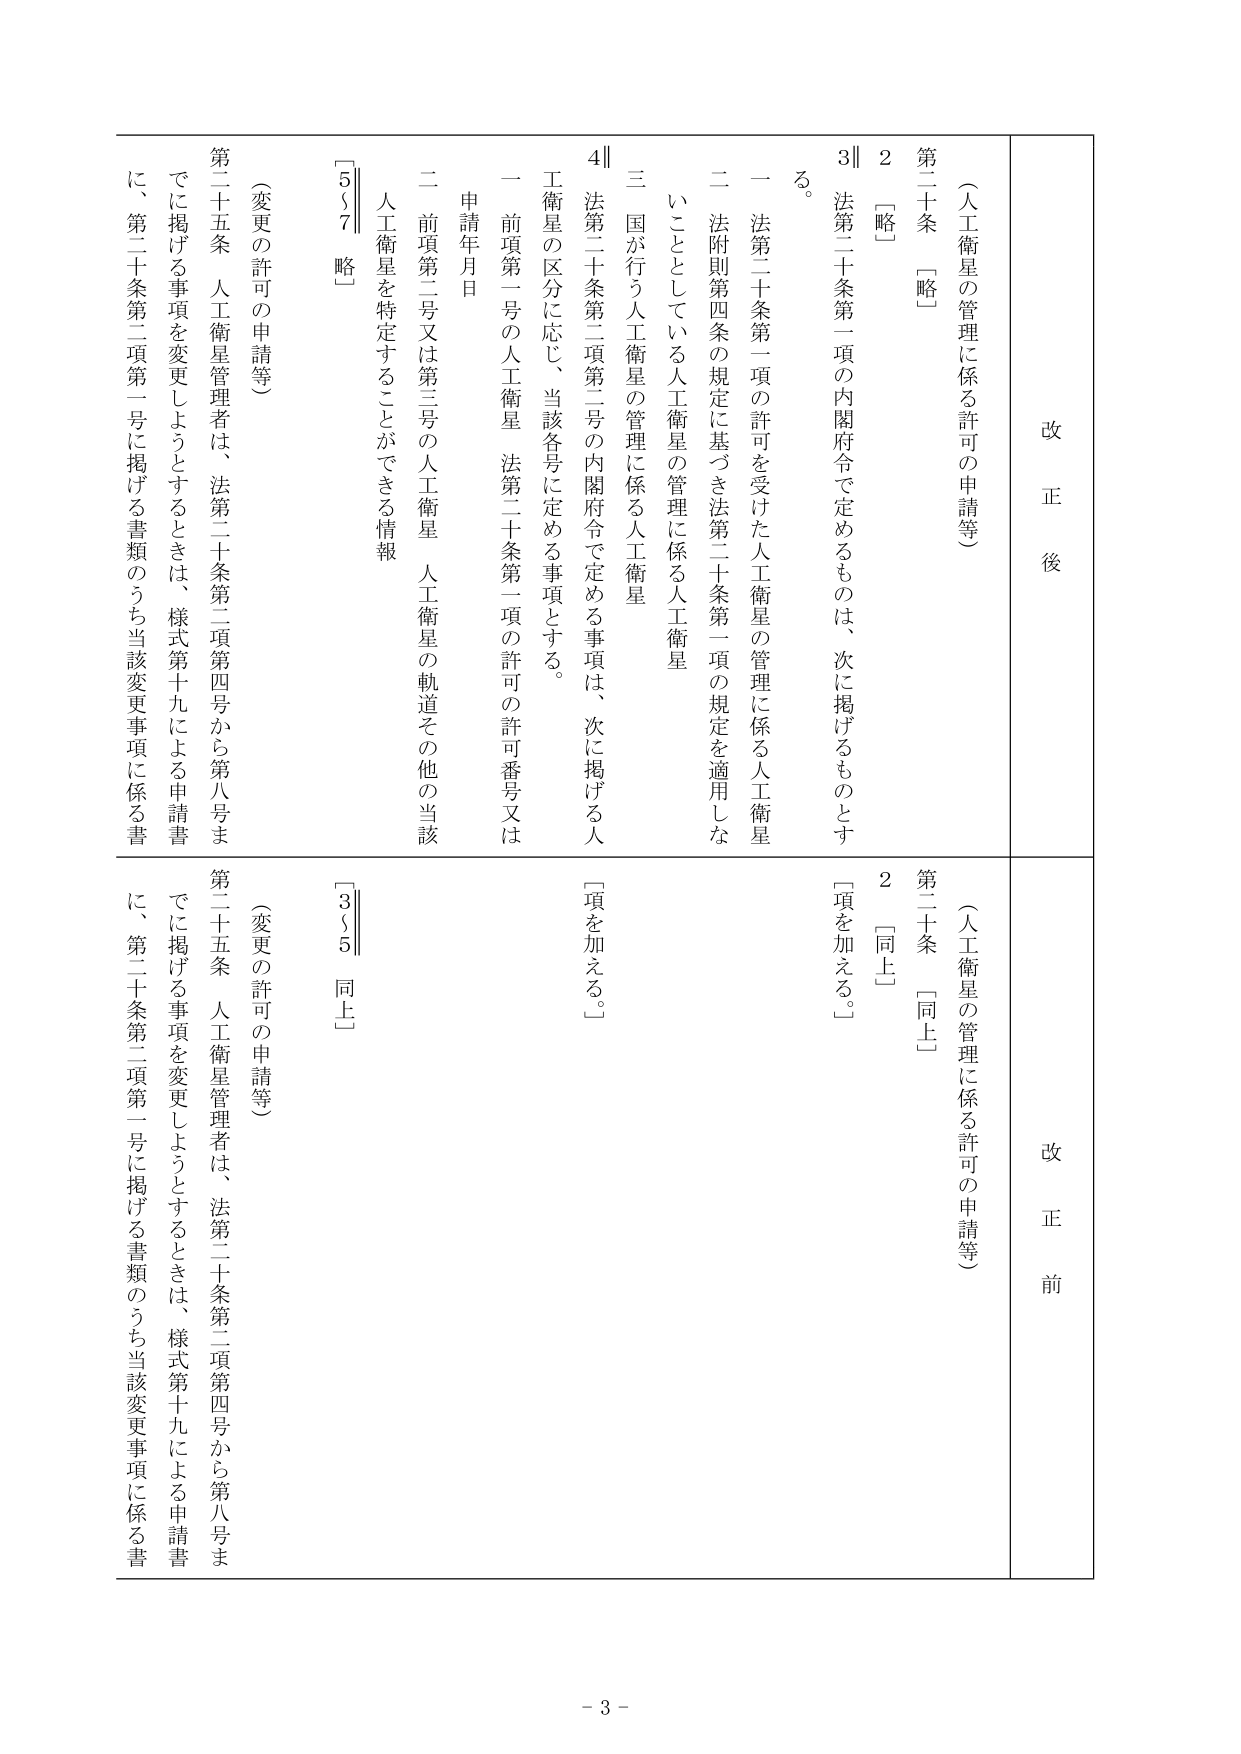
改正後
（人工衛星の管理に係る許可の申請等）
第二十条　［略］
２　［略］
３　法第二十条第一項の内閣府令で定めるものは、次に掲げるも のとす る。
一　法第二十条第一項の許可を受けた人工衛星の管理に係る人工衛星
二　法附則第四条の規定に基づき法第二十条第一項の規定を適用しな いこととしている人工衛星の管理に係る人工衛星
三　国が行う人工衛星の管理に係る人工衛星
４　法第二十条第二項第二号の内閣府令で定める事項は、次に掲げる人 工衛星の区分に応じ、当該各号に定める事項とする。
一　前項第一号の人工衛星　法第二十条第一項の許可の許可番号又は 申請年月日
二　前項第二号又は第三号の人工衛星　人工衛星の軌道その他の当該 人工衛星を特定することができる情報
（変更の許可の申請等）
第二十五条　人工衛星管理者は、法第二十条第二項第四号から第八号ま でに掲げる事項を変更しようとするときは、様式第十九による申請書 に、第二十条第二項第一号に掲げる書類のうち当該変更事項に係る書
［5§7　略］

改正前
（人工衛星の管理に係る許可の申請等）
第二十条　［同上］
２　［同上］
［項を加える。］
（変更の許可の申請等）
第二十五条　人工衛星管理者は、法第二十条第二項第四号から第八号ま でに掲げる事項を変更しようとするときは、様式第十九による申請書 に、第二十条第二項第一号に掲げる書類のうち当該変更事項に係る書
［3§5　同上］

- 3 -